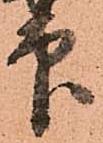
印